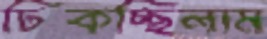
ঢিকচ্ছিলাম